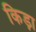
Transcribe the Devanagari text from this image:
किड़ा